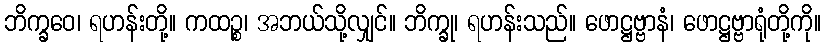
ဘိက္ခဝေ၊ ရဟန်းတို့။ ကထဉ္စ၊ အဘယ်သို့လျှင်။ ဘိက္ခု၊ ရဟန်းသည်။ ဖောဋ္ဌဗ္ဗာနံ၊ ဖောဋ္ဌဗ္ဗာရုံတို့ကို။